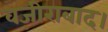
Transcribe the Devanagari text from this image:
वज़ीराबाद।